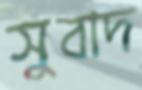
সুবাদ